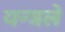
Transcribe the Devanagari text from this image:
यन्त्रले